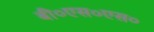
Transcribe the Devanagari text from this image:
बी०एस०एस०